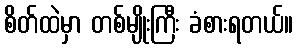
စိတ်ထဲမှာ တစ်မျိုးကြီး ခံစားရတယ်။